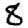
Digit: 8